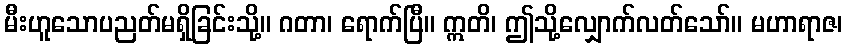
မီးဟူသောပညတ်မရှိခြင်းသို့။ ဂတာ၊ ရောက်ပြီ။ ဣတိ၊ ဤသို့လျှောက်လတ်သော်။ မဟာရာဇ၊